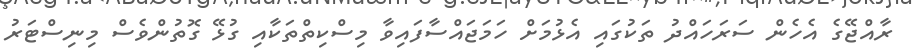
ރާއްޖޭގެ އެހެން ސަރަހައްދު ތަކުގައި އެޅުމަށް ހަމަޖައްސާފައިވާ މިސްކިތްތަކާއި ގުޅޭ ގޮތުންވެސް މިނިސްޓަރު